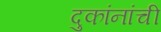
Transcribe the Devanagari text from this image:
दुकांनांची